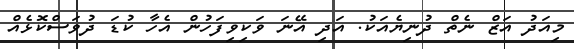
މިއަދު އަޒް ނެތް ދުނިޔެއަކު. އަދި އޭނަ ވަކިވިފަހުން އެހާ ކުޑަ ދުވަސްކޮޅެއް